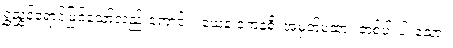
ရွှံညွှန်ရောင်ဖြင့်သော်လည်းကောင်း။ ယေန ကေနစိ၊ အမှတ်မထား တစ်ပါးပါးသော။